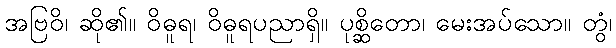
အဗြဝိ၊ ဆို၏။ ဝိဓူရ၊ ဝိဓူရပညာရှိ။ ပုစ္ဆိတော၊ မေးအပ်သော။ တွံ၊